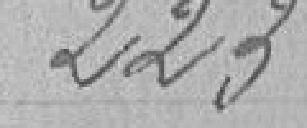
223